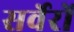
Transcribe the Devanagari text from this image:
सर्वेरों